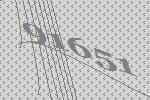
91651